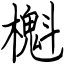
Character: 櫆